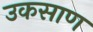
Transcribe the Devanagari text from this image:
उकसाण